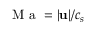
\mathrm { ~ M ~ a ~ } = \vert \ensuremath { \mathbf { u } } \vert / c _ { s }